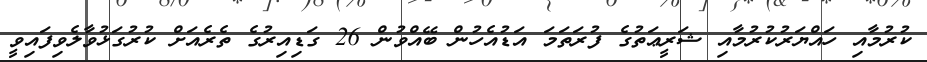
ކުރުމާއި ހައްޔަރުކުރުމާއި ޝަރީޢަތުގެ ފުރަތަމަ އަޑުއެހުން ބޭއްވުން 26 ގަޑިއިރުގެ ތެރެއަށް ކުރުގަޅުވާލެވިފައިވީ